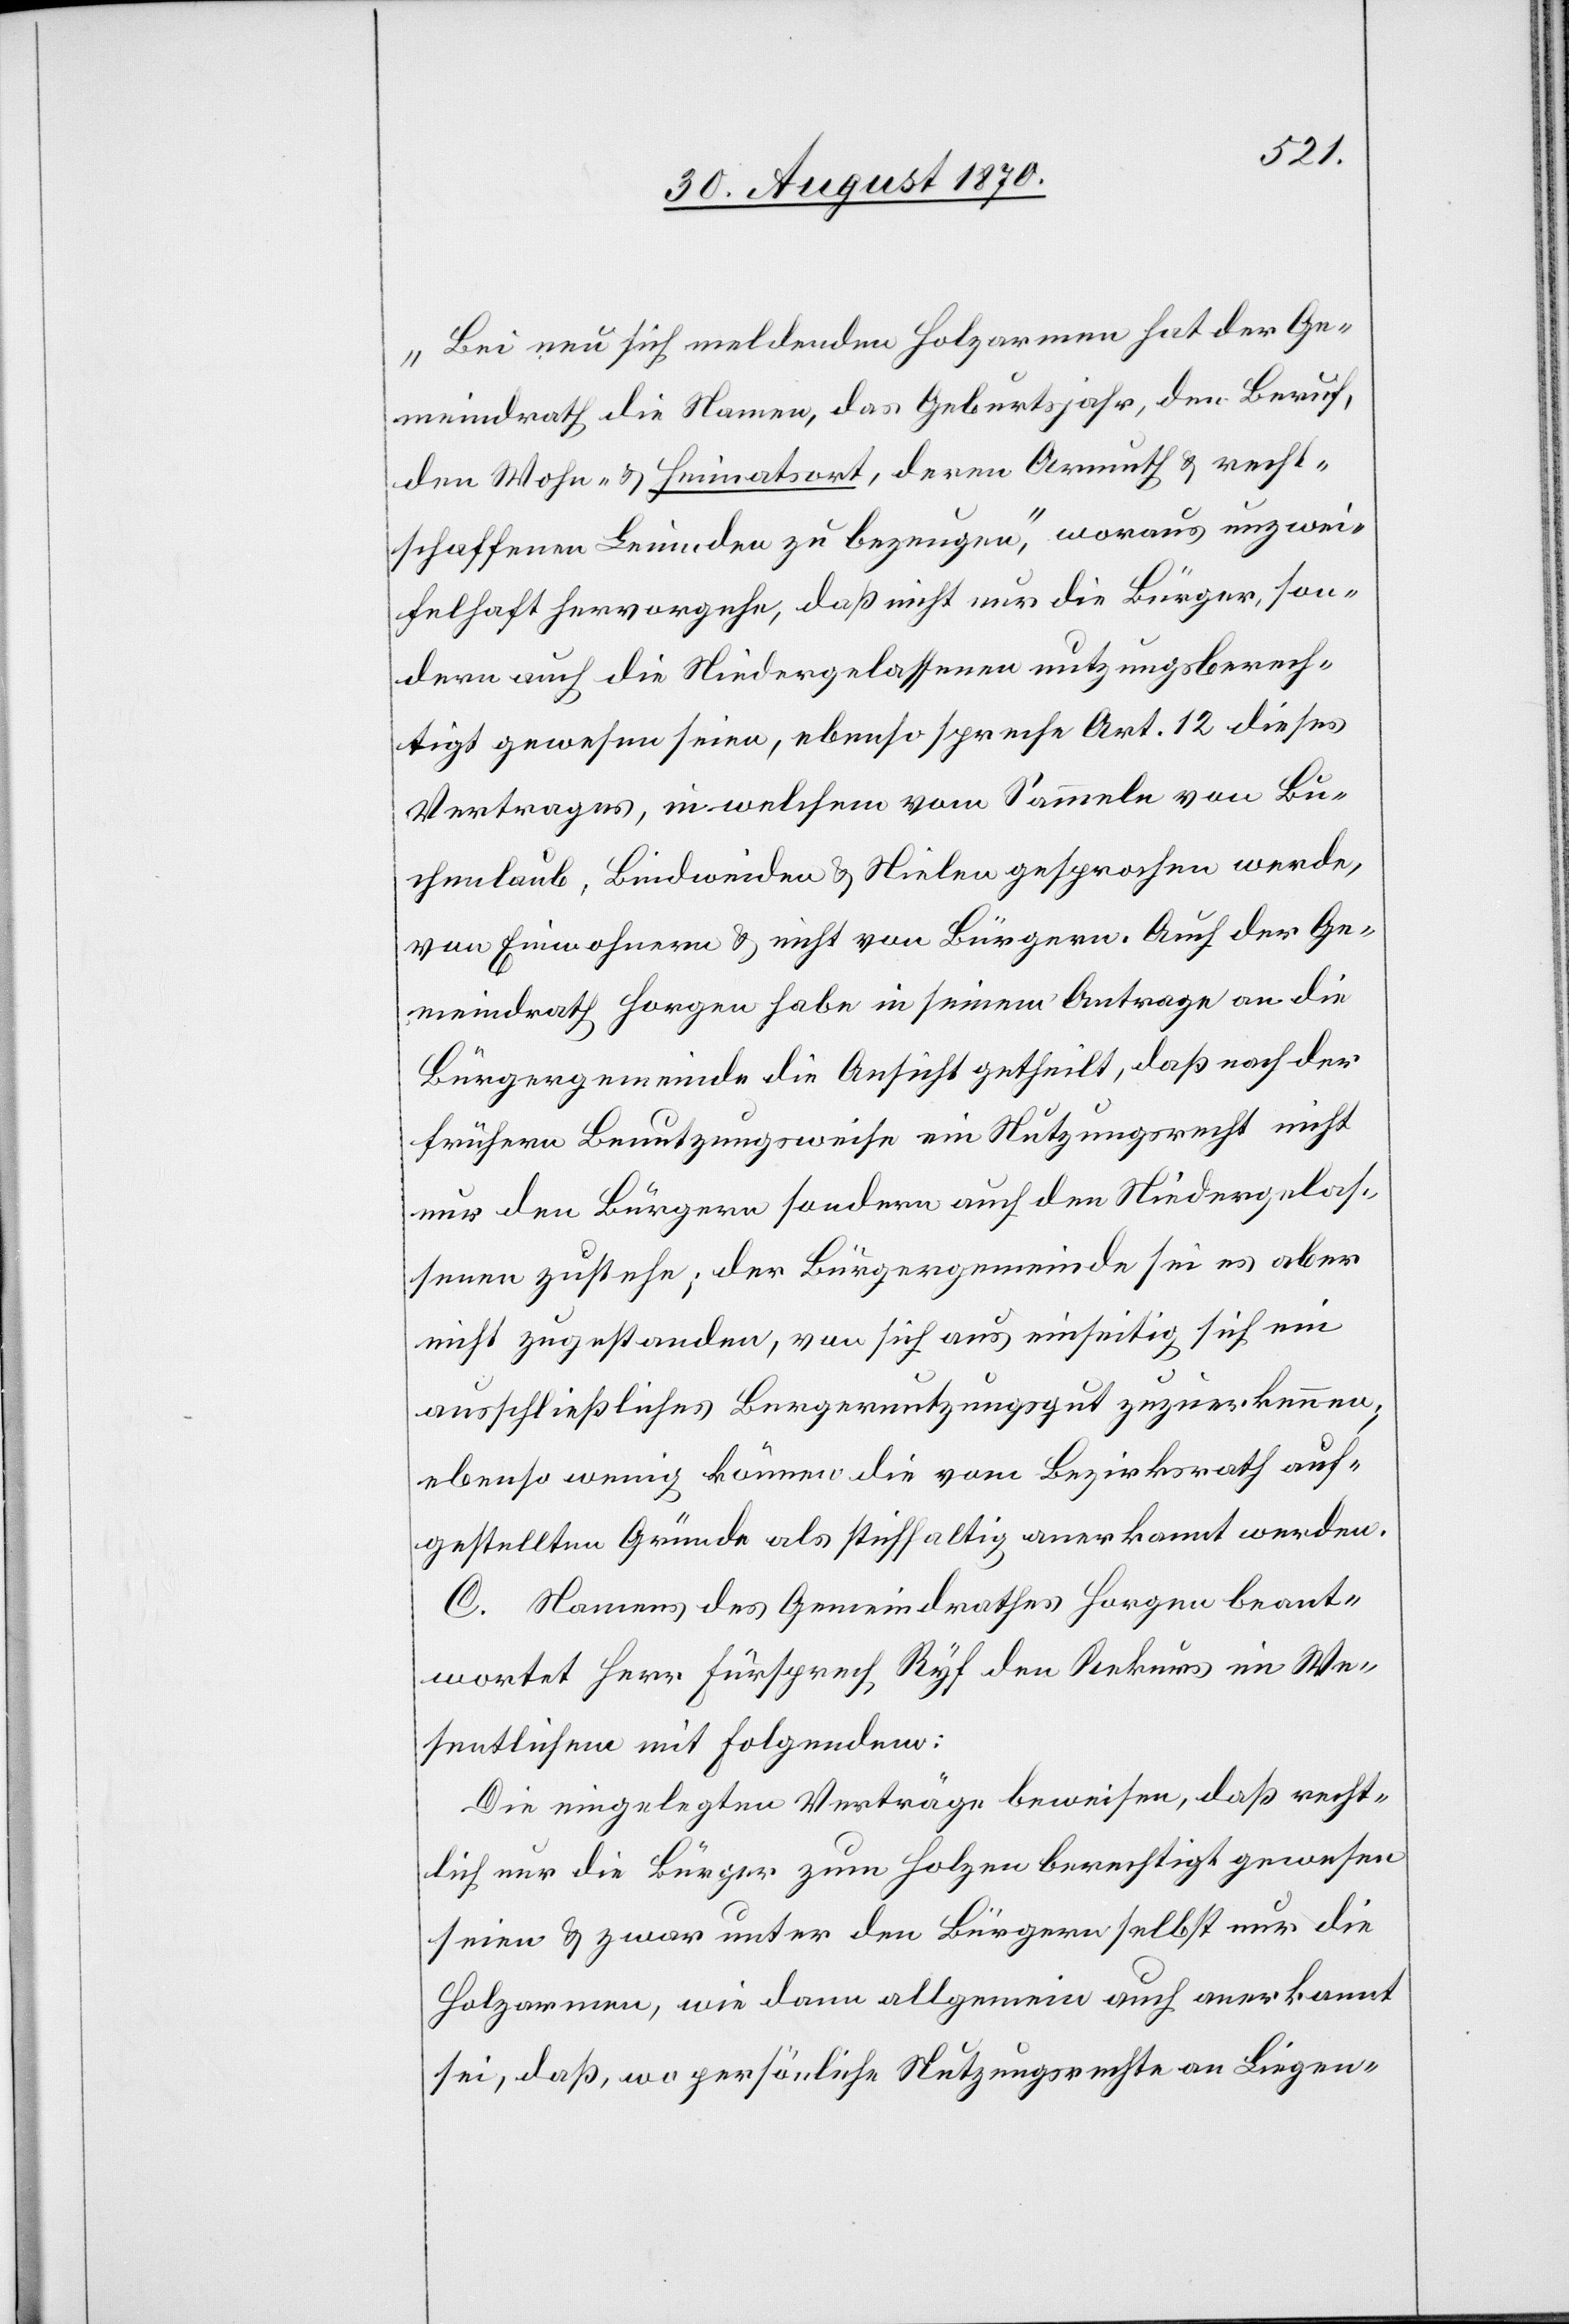
„Bei neu sich meldenden Holzarmen hat der Ge¬
meindrath die Namen, das Geburtsjahr, den Beruf,
den Wohn- & Heimatsort, deren Armuth & recht¬
schaffenen Leumden zu bezeugen“, woraus unzwei¬
felhaft hervorgehe, daß nicht nur die Bürger, son¬
dern auch die Niedergelassenen nutzungsberech¬
tigt gewesen seien, ebenso spreche Art. 12 dieses
Vertrages, in welchem vom Sammeln von Bu¬
chenlaub, Lindweiden & Nielen gesprochen werde,
von Einwohnern & nicht von Bürgern. Auch der Ge¬
meindrath Horgen habe in seinem Antrage an die
Bürgergemeinde die Ansicht getheilt, daß nach der
frühern Benutzungsweise ein Nutzungsrecht nicht
nur den Bürgern sondern auch den Niedergelas¬
senen zustehe; der Bürgergemeinde sei es aber
nicht zugestanden, von sich auch einseitig sich ein
ausschließliches Burgernutzungsgut [sic!] zuzuerkennen;
ebenso wenig können die vom Bezirksrath auf¬
gestellten Gründe als stichhaltig anerkannt werden.
C. Namens des Gemeindrathes Horgen beant¬
wortet Herr Fürsprech Ryf den Rekurs im We¬
sentlichen mit Folgendem:
Die eingelegten Verträge beweisen, daß recht¬
lich nur die Bürger zum Holzen berechtigt gewesen
seien & zwar unter den Bürgern selbst nur die
Holzarmen, wie dann allgemein auch anerkannt
sei, daß, wo persönliche Nutzungsrechte an Liegen-